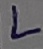
Text: L